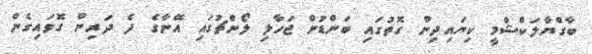
ބާގްޔާލަކްޝްމީ ކިޔައިދިން ގޮތުގައި ބަންޑުން ޖަހާލި ލޯންޗުގައި އޭނާގެ ދެ ދަރިން ގޮވައިގެން